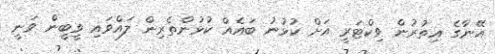
އޭނާގެ އިތުރުން ވިކްޓަރީ އަށް ކުޅުނު ބައެއް ކުޅުންތެރިން ލައްވައި ވީބީން ވަނީ